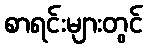
စာရင်းများတွင်